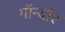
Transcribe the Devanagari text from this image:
गॉन्दोर